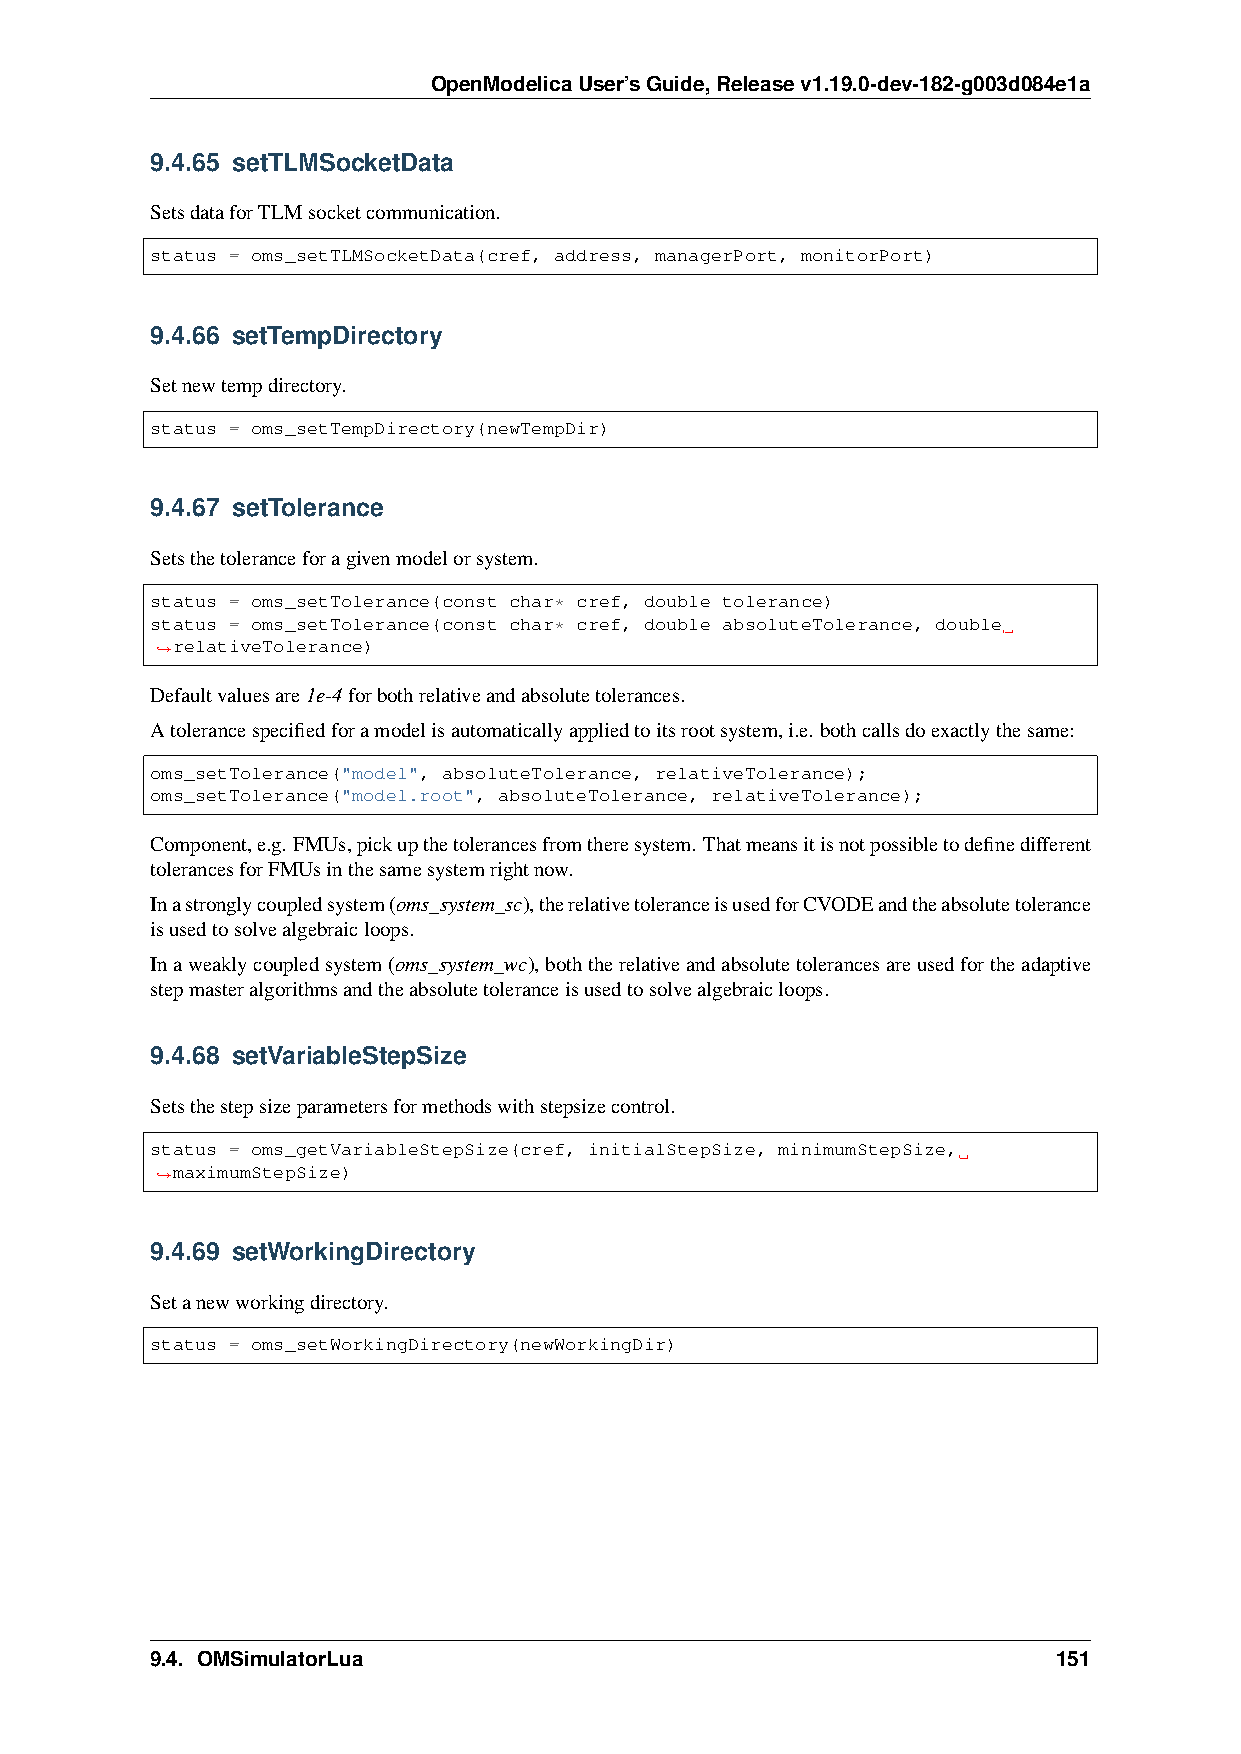
OpenModelicaUser’sGuide,Releasev1.19.0-dev-182-g003d084e1a
 9.4.65 setTLMSocketData
 SetsdataforTLMsocketcommunication.
 status = oms_setTLMSocketData(cref, address, managerPort, monitorPort)
 9.4.66 setTempDirectory
 Setnewtempdirectory.
 status = oms_setTempDirectory(newTempDir)
 9.4.67 setTolerance
 Setsthetoleranceforagivenmodelorsystem.
 status = oms_setTolerance(const char* cref, double tolerance)
 status = oms_setTolerance(const char* cref, double absoluteTolerance, double
 relativeTolerance)
 ˓→
 Defaultvaluesare1e-4forbothrelativeandabsolutetolerances.
 Atolerancespecifiedforamodelisautomaticallyappliedtoitsrootsystem,i.e. bothcallsdoexactlythesame:
 oms_setTolerance("model", absoluteTolerance, relativeTolerance);
 oms_setTolerance("model.root", absoluteTolerance, relativeTolerance);
 Component,e.g. FMUs,pickupthetolerancesfromtheresystem. Thatmeansitisnotpossibletodefinedifferent
 tolerancesforFMUsinthesamesystemrightnow.
 Inastronglycoupledsystem(oms_system_sc),therelativetoleranceisusedforCVODEandtheabsolutetolerance
 isusedtosolvealgebraicloops.
 Inaweaklycoupledsystem(oms_system_wc),boththerelativeandabsolutetolerancesareusedfortheadaptive
 stepmasteralgorithmsandtheabsolutetoleranceisusedtosolvealgebraicloops.
 9.4.68 setVariableStepSize
 Setsthestepsizeparametersformethodswithstepsizecontrol.
 status = oms_getVariableStepSize(cref, initialStepSize, minimumStepSize,
 maximumStepSize)
 ˓→
 9.4.69 setWorkingDirectory
 Setanewworkingdirectory.
 status = oms_setWorkingDirectory(newWorkingDir)
 9.4. OMSimulatorLua                                         151